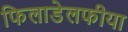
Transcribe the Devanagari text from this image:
फिलाडेलफीया